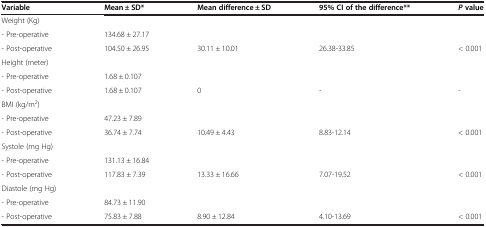
<table><thead><tr><td><b>Variable</b></td><td><b>Mean ± SD*</b></td><td><b>Mean difference ± SD</b></td><td><b>95% CI of the difference**</b></td><td><b><i>P </i>value</b></td></tr></thead><tbody><tr><td>Weight (Kg)</td><td> </td><td> </td><td> </td><td> </td></tr><tr><td>- Pre-operative</td><td>134.68 ± 27.17</td><td> </td><td> </td><td> </td></tr><tr><td>- Post-operative</td><td>104.50 ± 26.95</td><td>30.11 ± 10.01</td><td>26.38-33.85</td><td>&lt; 0.001</td></tr><tr><td>Height (meter)</td><td> </td><td> </td><td> </td><td> </td></tr><tr><td>- Pre-operative</td><td>1.68 ± 0.107</td><td> </td><td> </td><td> </td></tr><tr><td>- Post-operative</td><td>1.68 ± 0.107</td><td>0</td><td>-</td><td>-</td></tr><tr><td>BMI (kg/m<sup>2</sup>)</td><td> </td><td> </td><td> </td><td> </td></tr><tr><td>- Pre-operative</td><td>47.23 ± 7.89</td><td> </td><td> </td><td> </td></tr><tr><td>- Post-operative</td><td>36.74 ± 7.74</td><td>10.49 ± 4.43</td><td>8.83-12.14</td><td>&lt; 0.001</td></tr><tr><td>Systole (mg Hg)</td><td> </td><td> </td><td> </td><td> </td></tr><tr><td>- Pre-operative</td><td>131.13 ± 16.84</td><td> </td><td> </td><td> </td></tr><tr><td>- Post-operative</td><td>117.83 ± 7.39</td><td>13.33 ± 16.66</td><td>7.07-19.52</td><td>&lt; 0.001</td></tr><tr><td>Diastole (mg Hg)</td><td> </td><td> </td><td> </td><td> </td></tr><tr><td>- Pre-operative</td><td>84.73 ± 11.90</td><td> </td><td> </td><td> </td></tr><tr><td>- Post-operative</td><td>75.83 ± 7.88</td><td>8.90 ± 12.84</td><td>4.10-13.69</td><td>&lt; 0.001</td></tr></tbody></table>